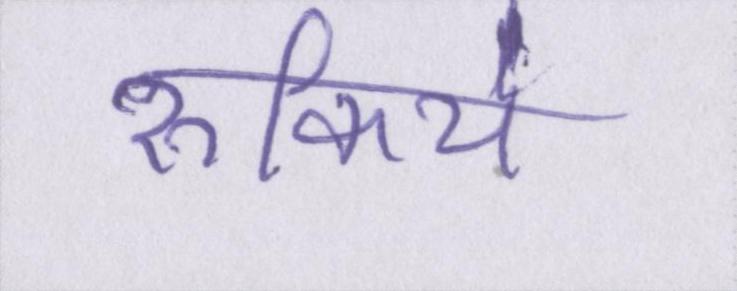
रुकिये